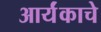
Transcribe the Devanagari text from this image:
आर्यंकाचे